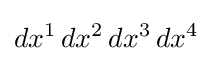
dx^{1}\,dx^{2}\,dx^{3}\,dx^{4}